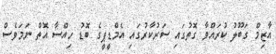
އާޒިމް ގަބޫލު ކުރައްވާ ގޮތުގައި ސަރުކާރުގައި އެމްޑީޕީގެ ބޮޑު ހިއްސާ އޮތް ނަމަވެސް